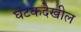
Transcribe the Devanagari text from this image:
घटकदेखील